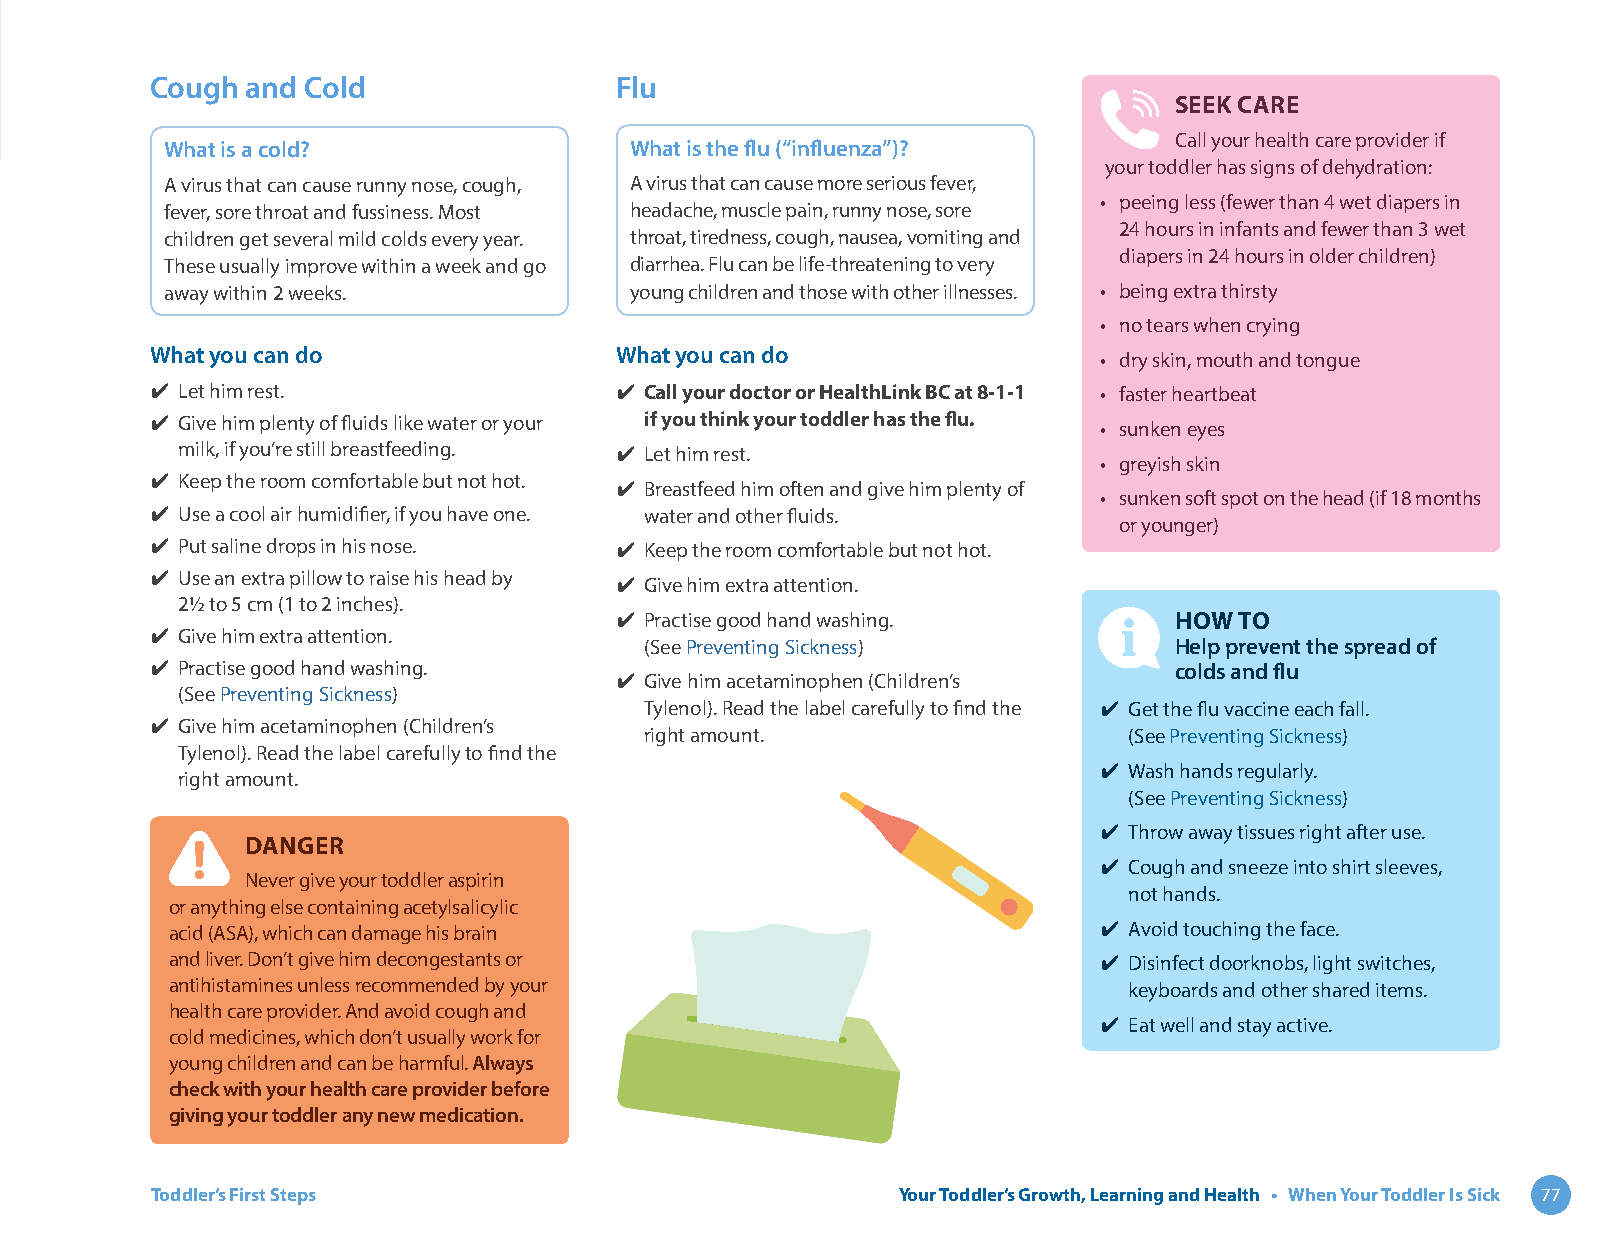
Cough and Cold                 Flu
 SEEK CARE
 Call your health care provider if
 What is a cold?                What is the flu (“influenza”)?
 your toddler has signs of dehydration:
 A virus that can cause runny nose, cough, A virus that can cause more serious fever,
 • peeing less (fewer than 4 wet diapers in
 fever, sore throat and fussiness. Most headache, muscle pain, runny nose, sore
 24 hours in infants and fewer than 3 wet
 children get several mild colds every year. throat, tiredness, cough, nausea, vomiting and
 diapers in 24 hours in older children)
 These usually improve within a week and go diarrhea. Flu can be life-threatening to very
 away within 2 weeks.           young children and those with other illnesses. • being extra thirsty
 • no tears when crying
 What you can do                What you can do
 • dry skin, mouth and tongue
 ✔ Let him rest.                ✔ Call your doctor or HealthLink BC at 8-1-1 • faster heartbeat
 ✔ Give him plenty of fluids like water or your if you think your toddler has the flu. • sunken eyes
 milk, if you’re still breastfeeding. ✔ Let him rest.
 • greyish skin
 ✔ Keep the room comfortable but not hot. ✔ Breastfeed him often and give him plenty of
 • sunken soft spot on the head (if 18 months
 ✔ Use a cool air humidifier, if you have one. water and other fluids.
 or younger)
 ✔ Put saline drops in his nose. ✔ Keep the room comfortable but not hot.
 ✔ Use an extra pillow to raise his head by ✔ Give him extra attention.
 2½ to 5 cm (1 to 2 inches).
 ✔ Practise good hand washing.        HOW TO
 ✔ Give him extra attention.
 (See Preventing Sickness)          Help prevent the spread of
 ✔ Practise good hand washing.                                       colds and flu
 ✔ Give him acetaminophen (Children’s
 (See Preventing Sickness)
 Tylenol). Read the label carefully to find the ✔ Get the flu vaccine each fall.
 ✔ Give him acetaminophen (Children’s
 right amount.                   (See Preventing Sickness)
 Tylenol). Read the label carefully to find the
 ✔ Wash hands regularly.
 right amount.
 (See Preventing Sickness)
 ✔ Throw away tissues right after use.
 DANGER
 ✔ Cough and sneeze into shirt sleeves,
 Never give your toddler aspirin
 not hands.
 or anything else containing acetylsalicylic
 acid (ASA), which can damage his brain                        ✔ Avoid touching the face.
 and liver. Don’t give him decongestants or                    ✔ Disinfect doorknobs, light switches,
 antihistamines unless recommended by your                       keyboards and other shared items.
 health care provider. And avoid cough and
 ✔ Eat well and stay active.
 cold medicines, which don’t usually work for
 young children and can be harmful. Always
 check with your health care provider before
 giving your toddler any new medication.
 Toddler’s First Steps                            Your Toddler’s Growth, Learning and Health • When Your Toddler Is Sick 77